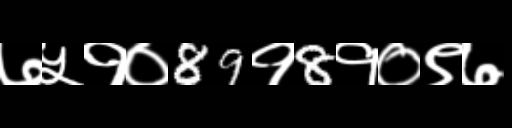
Text: ७५१०89१8१०९७